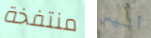
منتفخة أليس